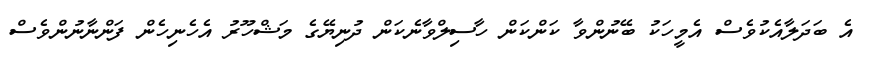
އެ ބަދަލާއެކުވެސް އެމީހަކު ބޭނުންވާ ކަންކަން ހާސިލްވާނެކަން ދުނިޔޭގެ މަޝްހޫރު އެހެނިހެން ފަންނާނުންވެސް